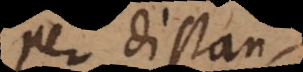
per distantiam